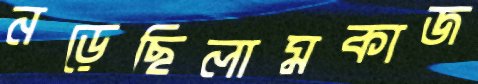
নড়েছিলামকাজ